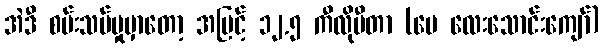
အဲဒီ စမ်းသပ်မှုမှာတော့ အမြင့် ၁၂.၅ ကီလိုမီတာ (ပေ လေးသောင်းကျော်)